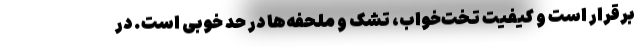
برقرار است و کیفیت تخت‌خواب،‌ تشک و ملحفه‌ها در حد خوبی‌ است. در